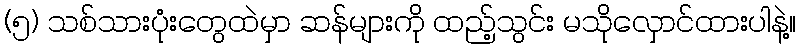
(၅) သစ်သားပုံးတွေထဲမှာ ဆန်များကို ထည့်သွင်း မသိုလှောင်ထားပါနဲ့။